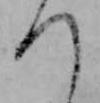
つ